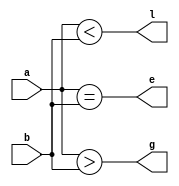
`timescale 1ns / 1ps
//////////////////////////////////////////////////////////////////////////////////
// Company: 
// Engineer: 
// 
// Design Name: 
// Module Name: comparator
// Project Name: 
// Target Devices: 
// Tool Versions: 
// Description: 
// 
// Dependencies: 
// 
// Revision:
// Revision 0.01 - File Created
// Additional Comments:
// 
//////////////////////////////////////////////////////////////////////////////////


module comparator #(parameter N = 3)(a,b,l,e,g);



input [N-1:0]a,b;
output l,e,g;

assign l = a<b;
assign e = a==b;
assign g = a>b;

endmodule